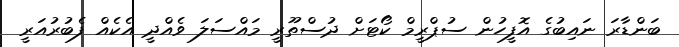
ބަންޑާރަ ނައިބުގެ އޮފީހުން ސުޕްރީމް ކޯޓަށް ދުސްތޫރީ މައްސަލަ ވެއްދީ އެކެއް ފެބުރުއަރީ